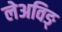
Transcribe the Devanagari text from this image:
लेअविङ्